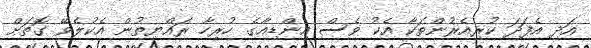
އަދި އެފަދަ ކުރިއެރުންތަކާ އެކު ވެސް އިންޑިއާގެ ހުރިހާ ރައްޔިތުން އެކުލެވޭ ގޮތަށް